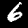
Digit: 6